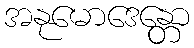
အနုမောဒေန္တော